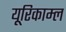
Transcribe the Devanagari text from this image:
यूरिकाम्ल